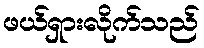
ဖယ်ရှားလိုက်သည်